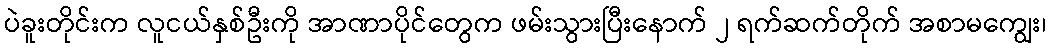
ပဲခူးတိုင်းက လူငယ်နှစ်ဦးကို အာဏာပိုင်တွေက ဖမ်းသွားပြီးနောက် ၂ ရက်ဆက်တိုက် အစာမကျွေး၊